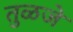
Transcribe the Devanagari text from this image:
तुळजे